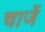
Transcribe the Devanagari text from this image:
चाजें